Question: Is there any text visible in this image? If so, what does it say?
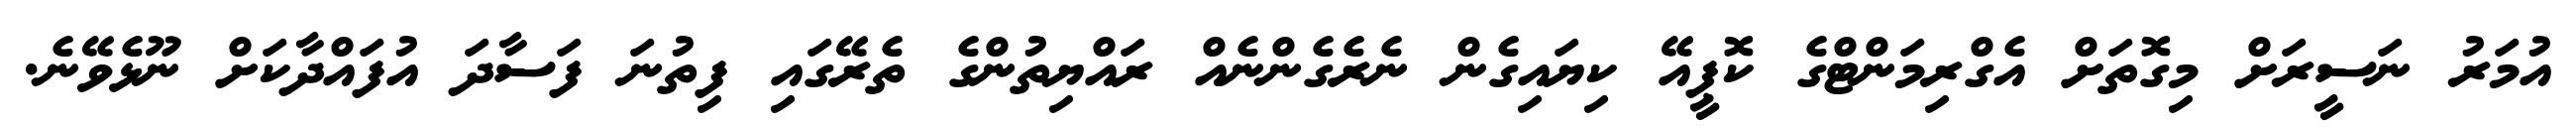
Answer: އުމަރު ނަސީރަށް މިގޮތަށް އެގްރިމަންޓްގެ ކޮޕީއޭ ކިޔައިގެން ނެރެގެންނެއް ރައްޔިތުންގެ ތެރޭގައި ފިތުނަ ފަސާދަ އުފައްދާކަށް ނޫޅެވޭނެ.